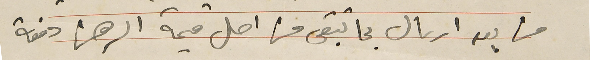
من بعد ارسال بما تبقى من اصل قيمة ارهن دفعة